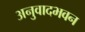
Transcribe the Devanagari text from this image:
अनुवादभवन